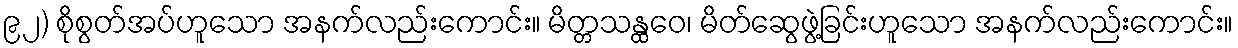
၉၂) စိုစွတ်အပ်ဟူသော အနက်လည်းကောင်း။ မိတ္တသန္ထဝေ၊ မိတ်ဆွေဖွဲ့ခြင်းဟူသော အနက်လည်းကောင်း။